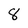
Character: 8